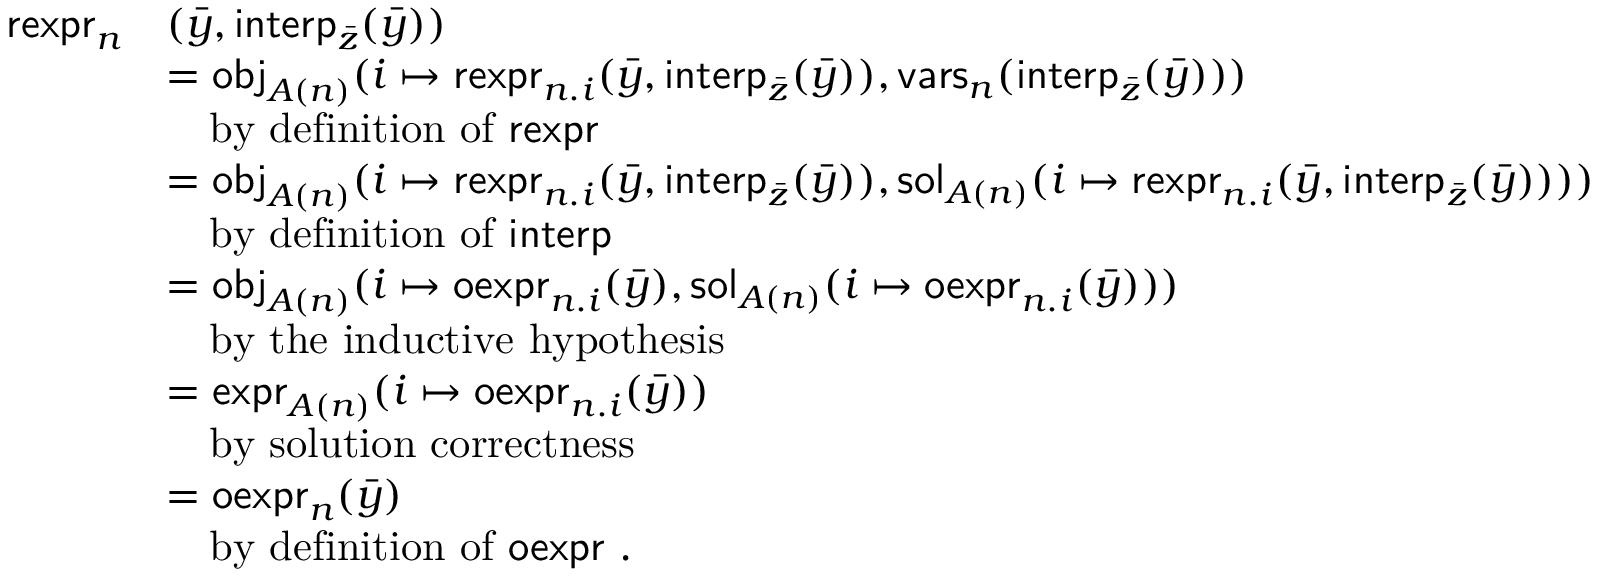
\begin{array} { r l } { \mathsf { r e x p r } _ { n } } & { ( \bar { y } , \mathsf { i n t e r p } _ { \bar { z } } ( \bar { y } ) ) } \\ & { = \mathsf { o b j } _ { A ( n ) } ( i \mapsto \mathsf { r e x p r } _ { n . i } ( \bar { y } , \mathsf { i n t e r p } _ { \bar { z } } ( \bar { y } ) ) , \mathsf { v a r s } _ { n } ( \mathsf { i n t e r p } _ { \bar { z } } ( \bar { y } ) ) ) } \\ & { \quad \mathrm { b y ~ d e f i n i t i o n ~ o f ~ \mathsf { r e x p r } ~ } } \\ & { = \mathsf { o b j } _ { A ( n ) } ( i \mapsto \mathsf { r e x p r } _ { n . i } ( \bar { y } , \mathsf { i n t e r p } _ { \bar { z } } ( \bar { y } ) ) , \mathsf { s o l } _ { A ( n ) } ( i \mapsto \mathsf { r e x p r } _ { n . i } ( \bar { y } , \mathsf { i n t e r p } _ { \bar { z } } ( \bar { y } ) ) ) ) } \\ & { \quad \mathrm { b y ~ d e f i n i t i o n ~ o f ~ \mathsf { i n t e r p } ~ } } \\ & { = \mathsf { o b j } _ { A ( n ) } ( i \mapsto \mathsf { o e x p r } _ { n . i } ( \bar { y } ) , \mathsf { s o l } _ { A ( n ) } ( i \mapsto \mathsf { o e x p r } _ { n . i } ( \bar { y } ) ) ) } \\ & { \quad \mathrm { b y ~ t h e ~ i n d u c t i v e ~ h y p o t h e s i s } } \\ & { = \mathsf { e x p r } _ { A ( n ) } ( i \mapsto \mathsf { o e x p r } _ { n . i } ( \bar { y } ) ) } \\ & { \quad \mathrm { b y ~ s o l u t i o n ~ c o r r e c t n e s s } } \\ & { = \mathsf { o e x p r } _ { n } ( \bar { y } ) } \\ & { \quad \mathrm { b y ~ d e f i n i t i o n ~ o f ~ \mathsf { o e x p r } ~ . } } \end{array}